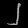
Digit: ၂